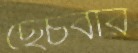
ছেঁচবার